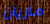
ماريان